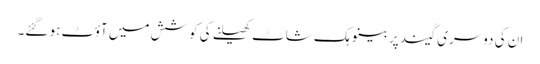
ان کی دوسری گیند پر بینو ہک شاٹ کھیلنے کی کوشش میں آؤٹ ہو گئے۔